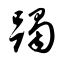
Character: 躅